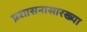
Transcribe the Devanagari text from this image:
प्रशासनासारख्या